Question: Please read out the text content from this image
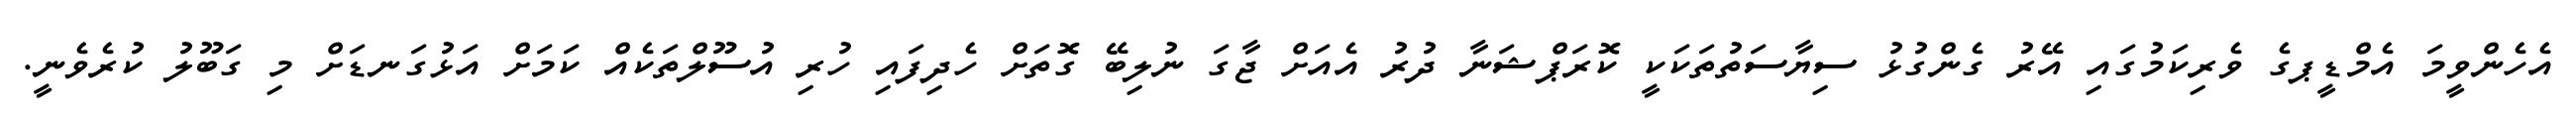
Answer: އެހެންވީމަ އެމްޑީޕގެ ވެރިކަމުގައި އޭރު ގެންގުޅު ސިޔާސަތުތަކަކީ ކޮރަޕްޝަނާ ދުރު އެއަށް ޖާގަ ނުލިބޭ ގޮތަށް ހެދިފައި ހުރި އުސޫލްތަކެއް ކަމަށް އަޅުގަނޑަށް މި ގަބޫލު ކުރެވެނީ.